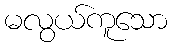
မလွယ်ကူသော